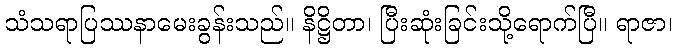
သံသရာပြဿနာမေးခွန်းသည်။ နိဋ္ဌိတာ၊ ပြီးဆုံးခြင်းသို့ရောက်ပြီ။ ရာဇာ၊